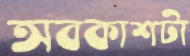
অবকাশটা